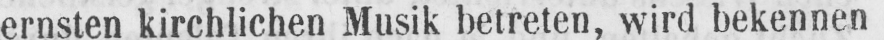
ernsten kirchlichen Musik betreten, wird bekennen